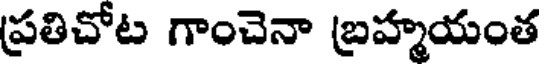
ప్రతిచోట గాంచెనా బ్రహ్మయంత